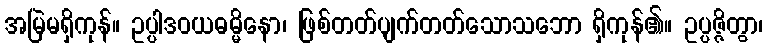
အမြဲမရှိကုန်။ ဥပ္ပါဒဝယဓမ္မိနော၊ ဖြစ်တတ်ပျက်တတ်သောသဘော ရှိကုန်၏။ ဥပ္ပဇ္ဇိတွာ၊